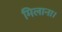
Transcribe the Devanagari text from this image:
मिलाना।